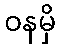
ဝနမှိ